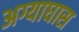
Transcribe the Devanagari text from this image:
अग्याघास